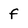
Character: f